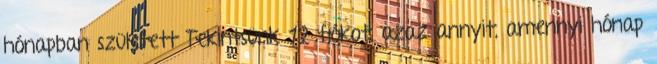
hónapban született Tekintsünk 12 fiókot, azaz annyit, amennyi hónap